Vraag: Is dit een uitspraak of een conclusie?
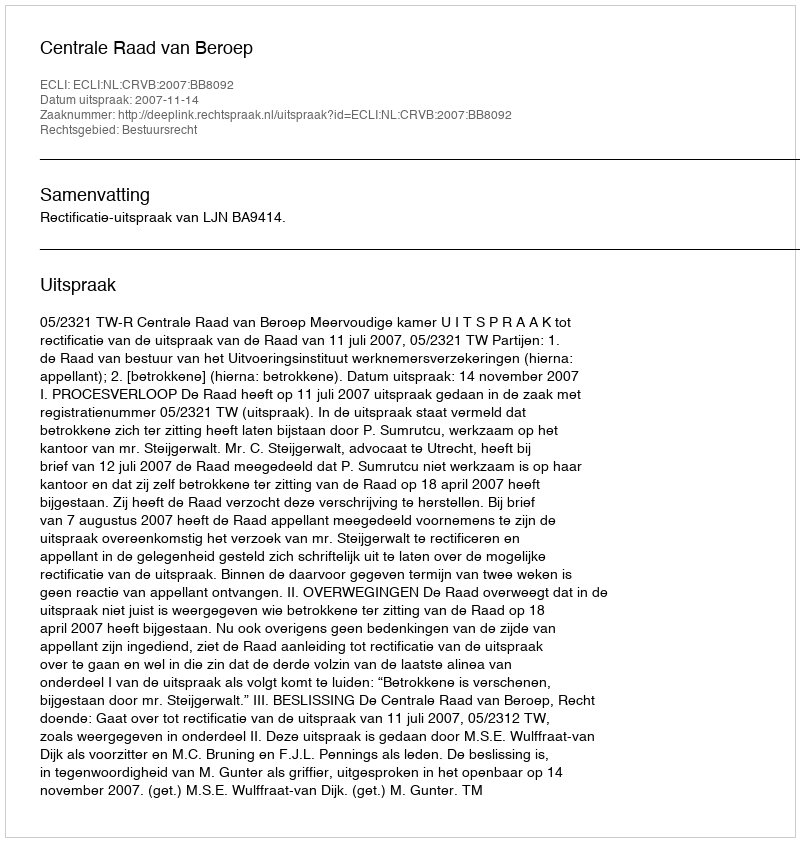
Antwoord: Uitspraak